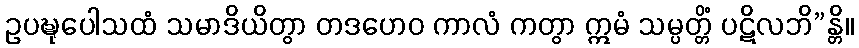
ဥပဍ္ဎုပေါသထံ သမာဒိယိတွာ တဒဟေဝ ကာလံ ကတွာ ဣမံ သမ္ပတ္တိံ ပဋိလဘိ”န္တိ။